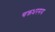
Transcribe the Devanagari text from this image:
चक्रधरमय